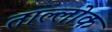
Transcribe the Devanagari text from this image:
ताल्लोक